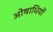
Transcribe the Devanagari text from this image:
ओषाधियों